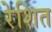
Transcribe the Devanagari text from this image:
रेशित